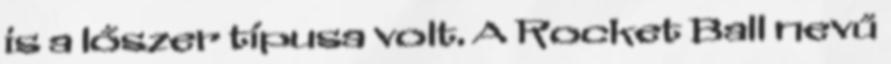
is a lőszer típusa volt. A Rocket Ball nevű